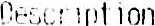
DESCRIPTION